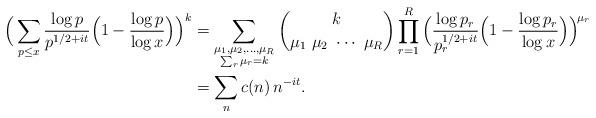
LaTeX: \begin{align*}\Big(\sum_{p\le x}\frac{\log p}{p^{1/2+it}}\Big(1-\frac{\log p}{\log x}\Big)\Big)^k&= \sum_{\substack{\mu_1, \mu_2, \ldots, \mu_R\\ \sum_r \mu_r = k}}\binom{k}{\mu_1\ \mu_2\ \cdots\ \mu_R}\prod_{r=1}^R\Big(\frac{\log p_r}{p_r^{1/2+it}}\Big(1-\frac{\log p_r}{\log x}\Big)\Big)^{\!\mu_r} \\&= \sum_n c(n) \, n^{-it}.\end{align*}